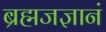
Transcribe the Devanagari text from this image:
ब्रह्मजज्ञानं